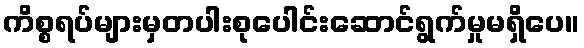
ကိစ္စရပ်များမှတပါးစုပေါင်းဆောင်ရွက်မှုမရှိပေ။